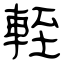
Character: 輊